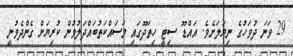
29 ވަނަ ދުވަހުގެ ނިޔަލަށެވެ. އައްޑޫ ސިޓީ ހިތަދޫގައި މަސައްކަތުބައްދަލުވުން ކުރިޔަށް ގެންދެވުނީ